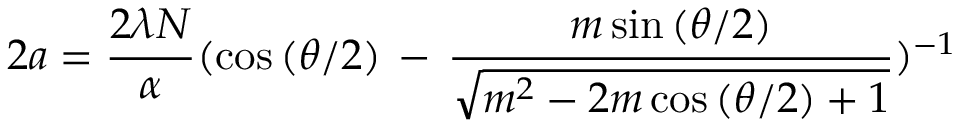
2 a = \frac { 2 \lambda N } { \alpha } ( \cos { ( \theta / 2 ) } \, - \, \frac { m \sin { ( \theta / 2 ) } } { \sqrt { m ^ { 2 } - 2 m \cos { ( \theta / 2 ) } + 1 } } ) ^ { - 1 }